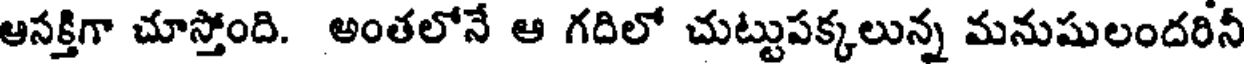
ఆసక్తిగా చూస్తోంది. అంతలోనే ఆ గదిలో చుట్టుపక్కలున్న మనుషులందరినీ